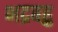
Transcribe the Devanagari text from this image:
भद्रबहु